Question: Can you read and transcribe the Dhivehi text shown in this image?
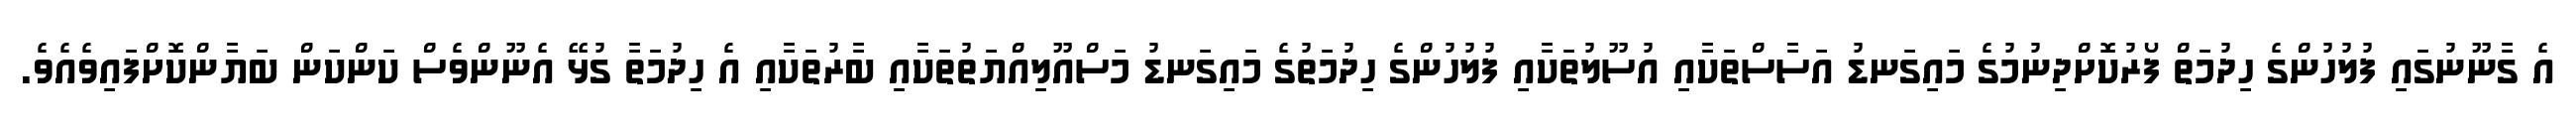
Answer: އެ ގާނޫނުގައި ފުލުހުންގެ ހިދުމަތް ފޯރުކޮށްދިނުމުގެ މައިގަނޑު އަސާސްތަކާއި އުސޫލުތަކާއި ފުލުހުންގެ ހިދުމަތުގެ މައިގަނޑު މަސްއޫލިއްޔަތުތަކާއި ބާރުތަކާއި އެ ހިދުމަތާ ގުޅޭ އެނޫންވެސް ކަންކަން ބަޔާންކޮށްފައިވެއެވެ.